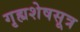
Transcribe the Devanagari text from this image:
गृह्यशेषसूत्र